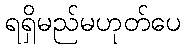
ရရှိမည်မဟုတ်ပေ